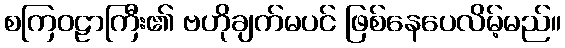
စကြဝဠာကြီး၏ ဗဟိုချက်မပင် ဖြစ်နေပေလိမ့်မည်။